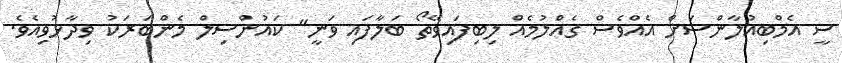
ސީ އެމްބިއުލާންސަށް އެއްވެސް ގެއްލުމެއް ލިބިފައިވޭތޯ ބަލާފައި ވަނީ" ކައުންސިލް މެންބަރަކު ވިދާޅުވިއެވެ.